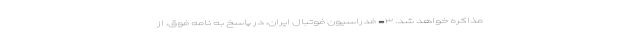
مذاکره خواهد شد. ۳- فدراسیون فوتبال ایران، در پاسخ به نامه فوق، از